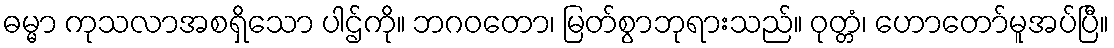
ဓမ္မာ ကုသလာအစရှိသော ပါဌ်ကို။ ဘဂဝတော၊ မြတ်စွာဘုရားသည်။ ဝုတ္တံ၊ ဟောတော်မူအပ်ပြီ။